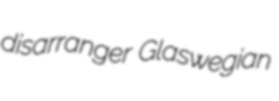
disarranger Glaswegian